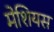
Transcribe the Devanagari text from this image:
मेशियस